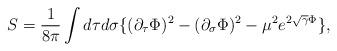
LaTeX: \begin{align*}S={1\over 8\pi}\int d\tau d\sigma \{ (\partial_\tau \Phi )^2-(\partial_\sigma \Phi )^2 -\mu^2 e^{2 \sqrt{\gamma} \Phi} \},\end{align*}